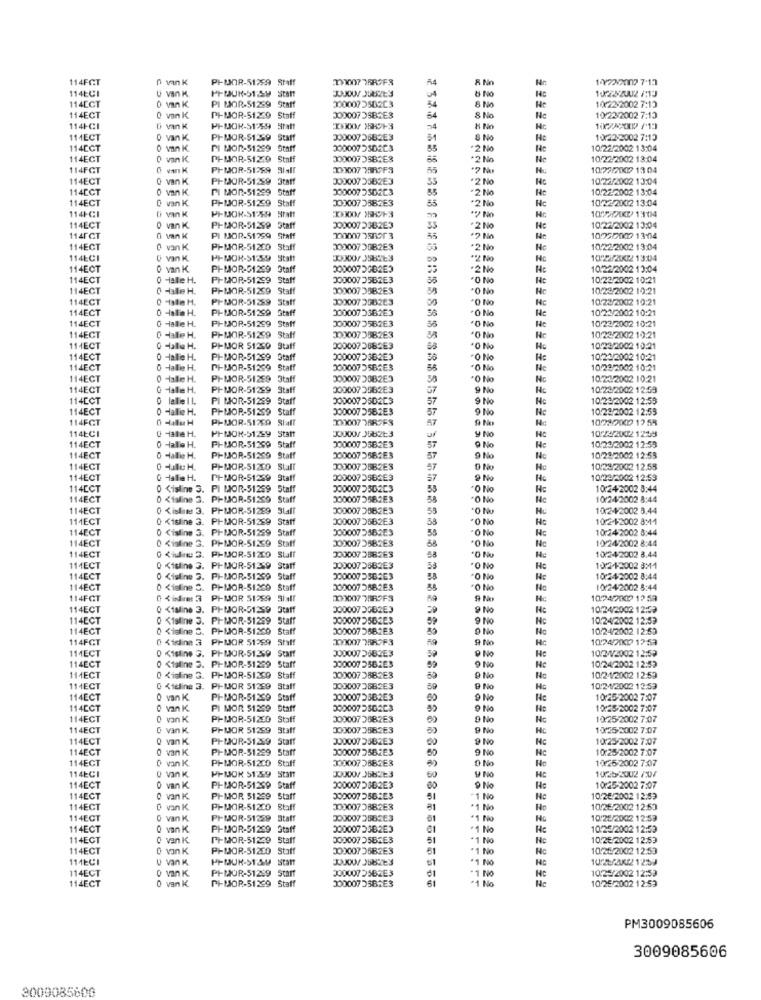
114FCT
PIUOR-51259 Staff
R Nn
1 Y22/2007 7:12
114ECI
& No
102: 2002 /13
114CCT
U VIK
PI MOR-51299
300007 3562C3
04
10:23-2002 7:13
0 van K
8 No
114ECT
0 van K
PIMJOR-51239
000007 3SB2E3
64
8 No
Ne
10232002 7:13
114H-CI
D vin K
PIUJOR-51259 Staff
-4
111ECT
0 Van K
PIMOR-51.359 Staff
3000073682E3
8 No
He
1022-2002 7:13
114ECT
o van K
PI MOR-51299 Staff
00000753D6C3
55
*2 No
He
10/22/2002 13:04
114ECT
0 van K
PI-MOR-51259 Staff
000073382E3
+2 No
Ne
10/22/2002 13:04
114FCT
0 vmk
PIMJOR-51289 31411
19300779R7F3
55
1072/71X17 13 04
114ECT
0 van K.
PI-MOR-51259
3000073362E3
35
*2 No
Nc
1022/2002 13:04
114ECT
PI MOR-51299
Staff
3000075562C3
55
-2 No
10/22-2002 13:04
114ECT
O van K
PI-MJOR-51299
Statt
3000073582E3
85
*2 No
Hc
10.22/2002 13:04
114F-CI
PFUJOR-S1-69
Straft
** ) Não
107>/KD 13014
114ECT
Di van K
0 van K.
PI-MOR-51299 Staff
300007 2382E3
55
*2 No
10.22/2002 13:04
114FCT
PI MOR.51259
Staff
55
10930009 13:04
114ECT
0 van K
PFMOR-51200
Staff
3000073082E3
*2 No
Ne
10.22/2002 13:04
114ECI
Ü van K
PF-MOR-91259
Statt
Nc
10.2/20K22 13:04
114ECT
0 van K
PI-MOR-51269 Staff
3000072GB2E3
He
10/22/2002 13:04
114ECT
o Hallie H.
PI-MOP-51299
3000073562E3
"O No
10/22/2002 10:21
114ECT
O dalle H.
PI-MOR-51259
Staff
1000073582E3
Ne
10/23/2002 10:21
114ECT
0 -1ste H.
PI-HJOR-51289
Staff
300007 258263
"O No
1023/2002 10:21
114ECT
0 -alle H.
PI-MOR-51299 Staff
0000075362E3
*O No
He
10.21/2002 10:21
114ECT
O Hallie H.
PI-MOR-51299 Staff
3000073562E3
*O No
He
10 23/2002 10:21
114ECT
O dalle H.
PI-MOR-51299 Staff
10007398263
10.22/2002 10:21
11HECT
o Halle H.
PIMJOR 51239 Staff
0000073682E3
58
10 23/2002 10:21
114ECT
o Hale H.
PI-MOR-51299
Staff
O No
10/21/2002 10:21
114ECT
0 -Hallie H.
PH-HJOR-51299
Staff
0000073564E3
58
O No
10/23/2002 10:21
114ECT
0 Hallie H.
PI-MOR-51269 3taff
3000073082E3
30
O No
Nc
10.21/2002 10:21
114ECT
O Halle H.
PI-MJOR-51299 Staff
000007 2982E3
57
9 No
10/23/2002 12:58
114CCT
PI MOR-51269 Staff
57
9 No
10/23/2002 12:53
114ECT
O Hallie H.
PI-HOP-51239 Staff
0000073582E3
57
9 No
10/23/2002 12:53
114FGT
PIMOR-512CO Staff
A7
114ECI
0 Hate H.
PIMJOK-51299 Statt
3000OY J5BZE3
y No
102/420021239
114ECT
3000075562E3
He
10/23/3002 12:55
o Hallie H.
PI-MOR-51200 Staff
57
114ECT
o Hallie H.
PI-MOR-51239 Staff
0000073582E3
57
9 No
No
10/23/2002 12:59
114ECT
o Hutu H.
PI-MOR-51200 Stall
J00007 3582E3
57
No
10/23/2002 12.55
114ECT
G Hallie H.
PH-MOR-51239 Staff
00000735B4E3
57
9 No
10/29/2002 12:59
114CCT
0 Kisline 3. PI MOR-51259 Staff
2000073562C3
53
*O No
10:242002 8:44
114ECT
O <fsline 3. PI-MOR-51239
Staff
3000073582E3
.O No
10/24/2002 8:44
114ECT
0 Kishms 3. PH-MOR-51299 Staff
300007 3582E3
10:242002 3.44
114ECT
0 Kisline 3.
PIMJOR-51289
Statt
000007 3562E3
58
*O No
10:2 12002 8:41
114ECT
O Cisline 3.
PI-MOR-51259
Staff
0000075562E3
55
"O No
10:242002 8:44
114ECT
0 Kisline 3.
PI-MOR-51239
Staff
0000073582E3
58
10/242002 8:44
Stall
*O No
10/242002 8.44
114ECT
P-MJOR-51200
300007 358263
58
*O Nu
111ECT
0 Kisline 3
. PI-MJOR-51259 Staff
3000073682E3
-O NO
Ho
102 12002 8:11
114ECT
O Kisline
PI-MOR-51209
Staff
3000075562E3
-O No
He
10/242002 8:44
114ECT
O <feline 3. PI-MOR-51209
Staff
0000075582E3
"O No
10:24-2002 8:44
114FGT
PIMJOR 51289 SIlf
1930077BR9F3
10747009 12 53
114ECT
0 Kfaline 3. PI-MOR-51259
Staff
3000072GB2E3
9 No
He
1024/2002 12:03
114ECT
0 Kisline 3. PI-MOR-51269
Staff
9 No
Hc
1024/2002 12:53
114ECT
0 <feline C.
PI-MJOR-51209
Staff
0000075582E3
9 No
No
10/24/2002 12:53
114FGT
0 Kisine 3 PH-MJOR 51299
Staff
1000007 75R7F3
9 No
Hc
10742000 1253
111ECT
0 Kisline 3. PI-MOR-51259
Staff
300007 26B2E3
P No
10/2 1/2002 12:59
114ECT
PI-MOR-51259
Staff
3000072562E3
Ne
O <taline 3.
59
9 No
Me
10/24/2002 12:53
114ECT
0 Kisline 3. PI-MOR-51239 Staff
3000073882E3
D No
No
10/24/2002 12:59
111ECT
0 <1eline 3.
PI-IJOR 51299
Staff
J0000738B2E3
59
9 No
10.21/2002 12:53
114ECT
O van K.
PI-MOR-51239
3000075362E3
9 No
10:25-2002 7:07
114ECT
C van K
PI MOR $1259 Staff
000007350223
9 No
He
12:252002 7:07
114ECT
0 von K.
PI-MOR-51200
Staff
300007 3882E3
9 No
10/25/2002 7:07
114ECT
0 van K
PHIJOR 51299
Stal
1000073582E3
9 No
Hc
1.X25-2002 7:07
114ECT
0 van K
PIMJOR-S1259 Staff
JO0007 2562E3
9 No
10:25/2002 7:07
114ECT
0 van K
PI-MOR-51299 Staff
000007 2562E3
9 No
10:25/2002 7:07
114ECT
0 van K
PI-MOR-51200 Staff
0000073682E3
50
D No
10:25/2002 7:07
114ECI
JO0007 368223
Y NO
10252002 /07
0 Van K
PPMJOK 51299 Staff
60
114ECT
0 van K.
PI-MOR-51239 Staff
3000072362E3
00
9 No
10:25-2002 7:07
114ECT
O Van K
PI-MOR 51299
Staff
3000073562E3
51
1 No
Ne
10.26/2002 12:53
114ECT
0 van K
PH-MOR-51200
Staff
3000073882E3
81
'1 No
10/26/2002 12:63
114ECT
o van K.
PI-MOR-51289
Staff
3000073562E3
01
1 No
10.25/2002 12:53
114ECT
0 van K.
PI-MOR-51299 Staff
0000072362E3
1 No
Hc
10/25/2002 12:53
114ECT
C van K.
P+-MOR-51249
staff
00000735B2E3
51
1 No
10/25/2002 12:53
114ECT
PH-MOR-51230
Staff
3000073582E3
1 No
Nc
102-202 12:53
111ECI
U Van K
statt
*1 No
114ECT
0 Van K
PI-MOR-51299
J000075562E3
NO
10/25/2002 12:53
114ECT
0v
Staff
61
No
10/25/2002 1 2:53
00000735B2E3
PM3009085606
3009085606
3009085600